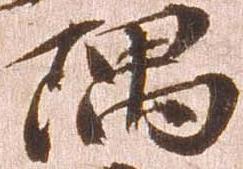
隅